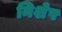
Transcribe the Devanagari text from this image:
निशेष